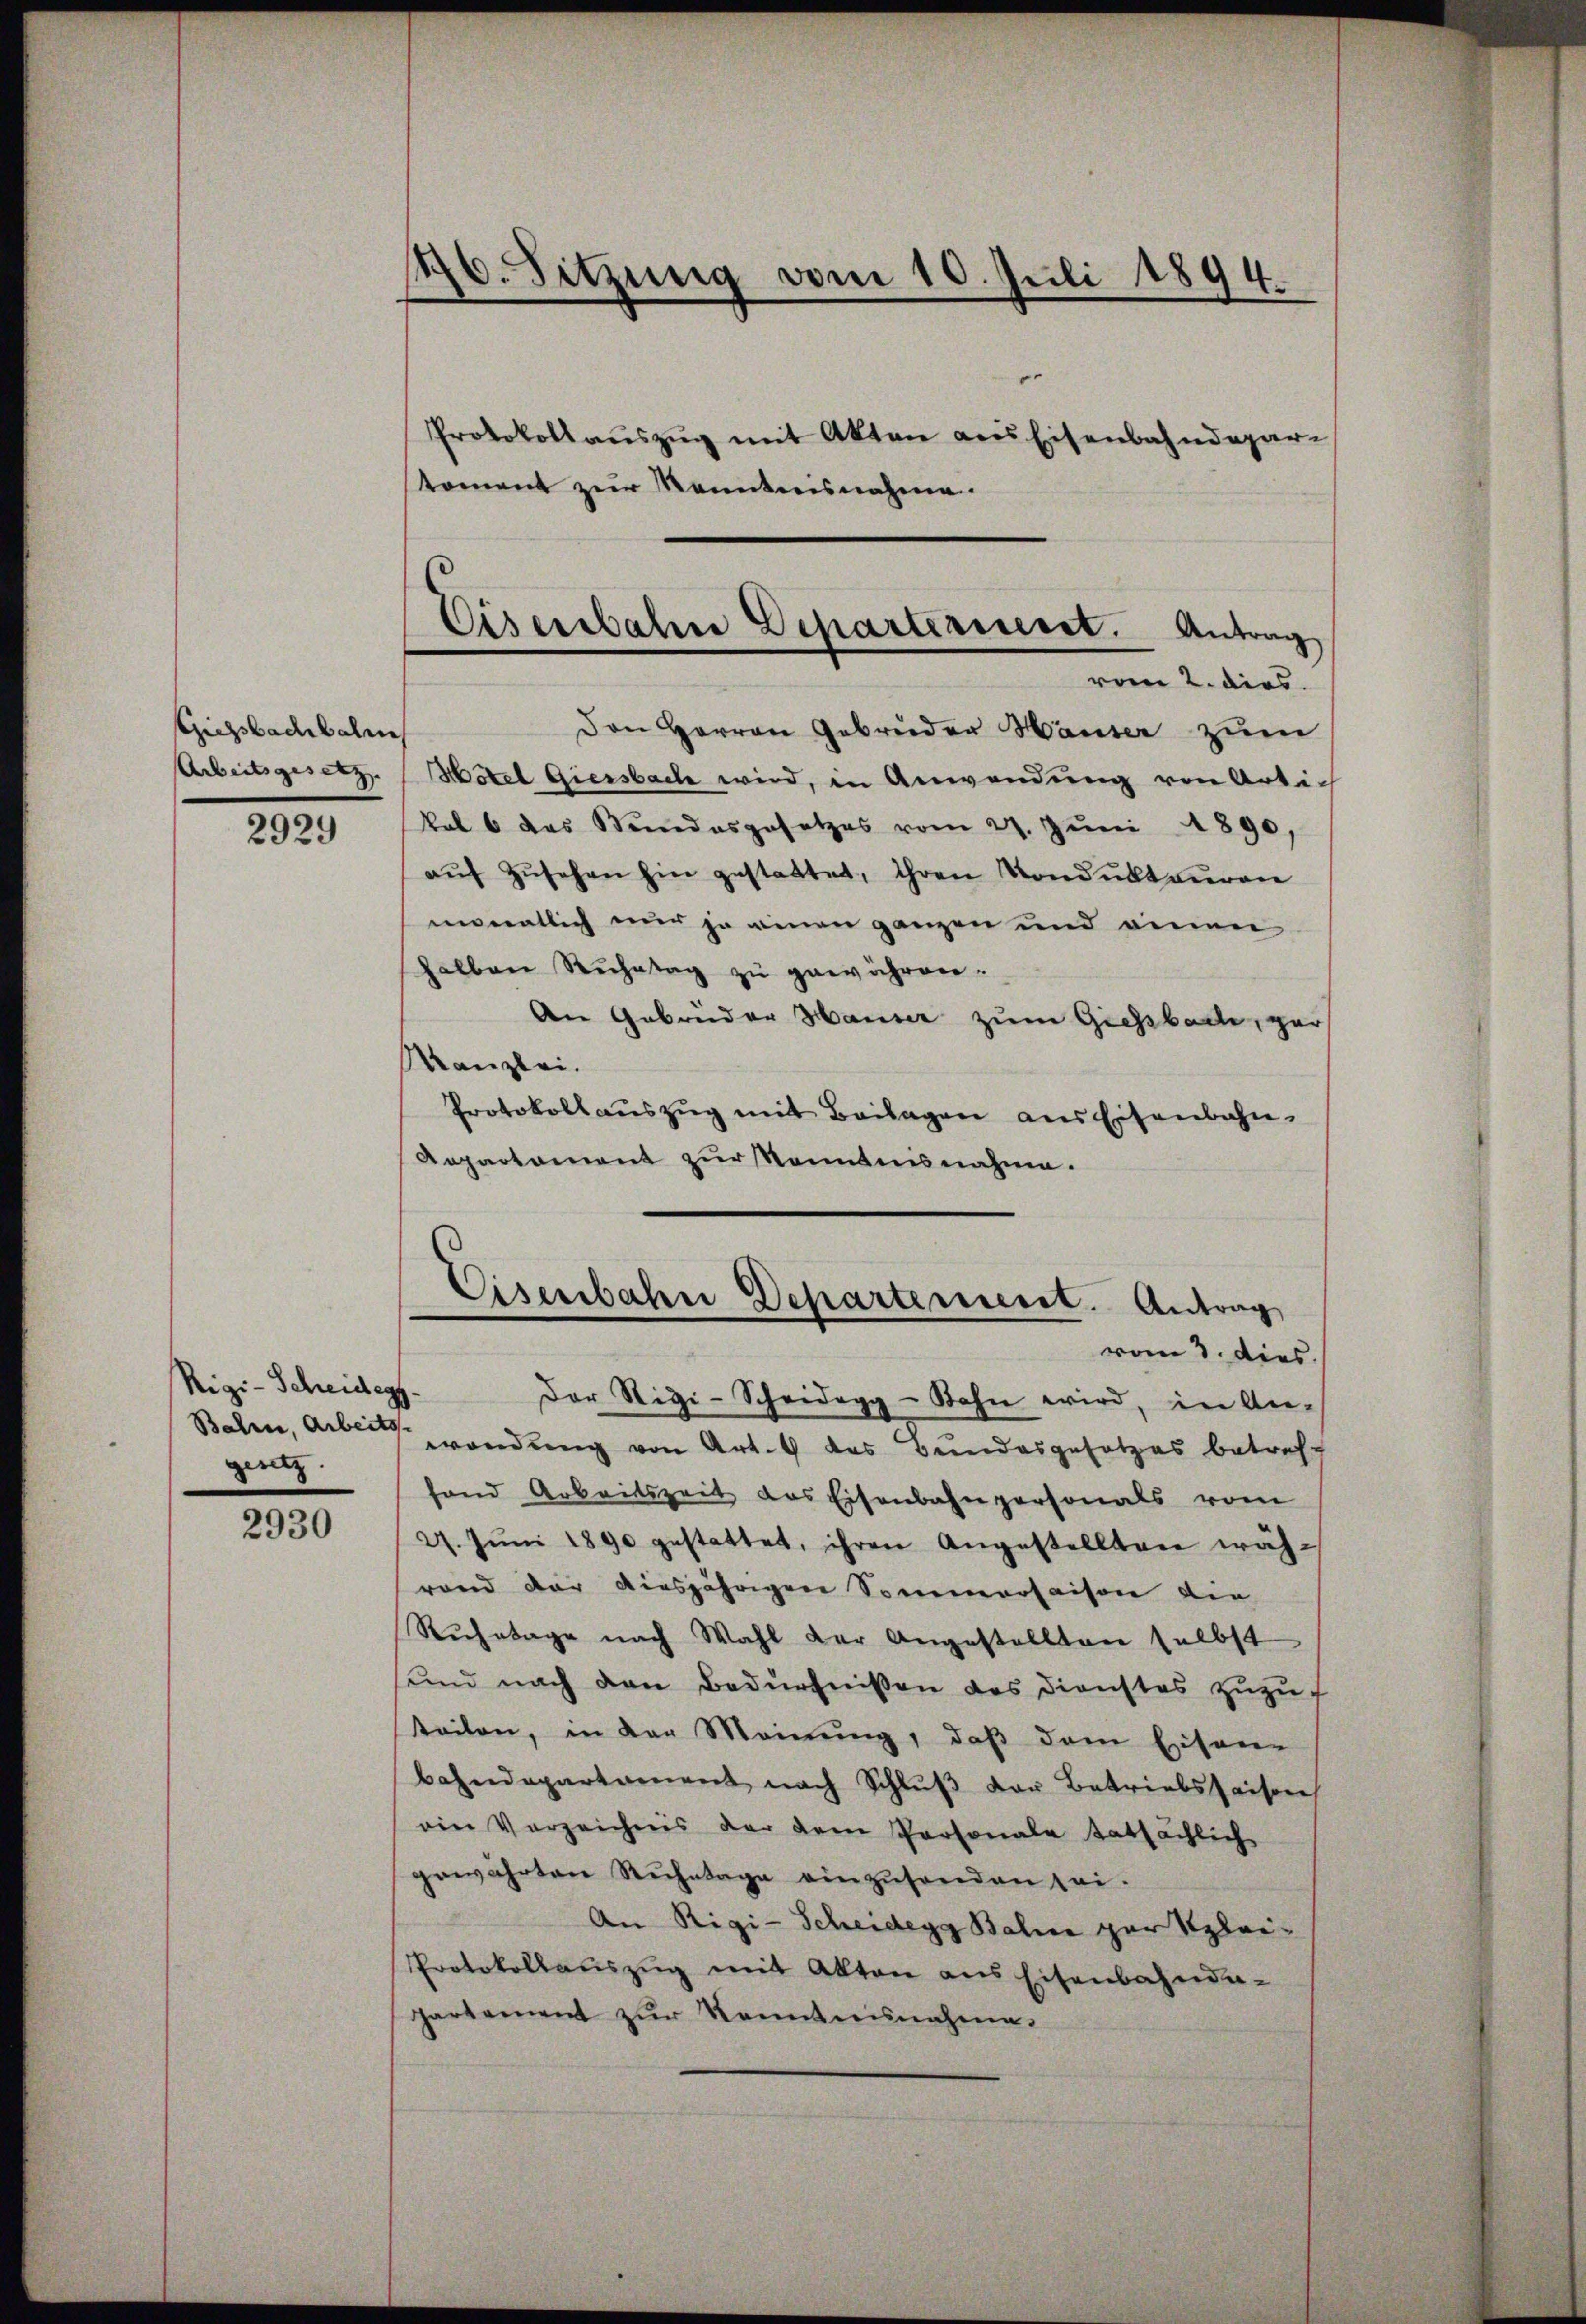
Giesbachbali

Rigi-Scheiderf
Bahren, Arbeits
genz.

2930

176. Sitzung vom 10. Juli 1894.

Protokollauszug mit Akten aus Eisenbahndepar
toment zur Kenntnisnahme.

Eisenbahn Departerint. Antrag
rem 2. dies

Den Herren Gebrüder Hauser zum
Arbeitsgesetz (Hotel Giersbach wird, in Anwendung von Arti¬
2929 No 6 das Bundesgesetzes vom 27. Jŭni 1890.
aŭf Zŭsehen hin gestattet, ihren Kondukteuren
monatlich nur ja einen ganzen und einen
halben Ruhetag zu gewähren.
An Gebrüder Hauser zum Giessbach, gar
Kanzlei.
Protokollauszug mit Beilagen aus Eisenbahn¬
Aepartament zur Kenntnisnahme.

Eisenbahn Departement. Antrag
vom 3. dies.

Der Stigi-Scheidegg - Sohn wird, in An-
wendŭng von Art. 4 das Bundesgesetzes betreff
fond Arbeitszeit des Eisenbahnpersonals vom
27. Jŭni 1890 gestattet, ihren Angestellten wäh-
rand der diesjährigen Sommersaison die
Ruhetage nach Wahl der Angestellten selbst
sund nach den Bedürfnissen des Dienstes zuzuf
teilen, in der Meinung, daß dem Eisen-
bahndepartament nach Schlŭβ der Betriebssaison
ein Verzeichnis der dem Personale tatsächlich
gewährten Ruhetage einzusenden sei-
An Rigi-Scheidegg Baline par Klei¬
Protokollaŭszŭg mit Akten aus Eisenbahnda-
partement zur Kenntnisnahme.